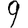
Digit: 9